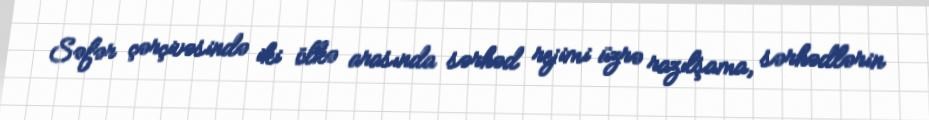
Səfər çərçivəsində iki ölkə arasında sərhəd rejimi üzrə razılşama, sərhədlərin